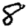
Digit: 8